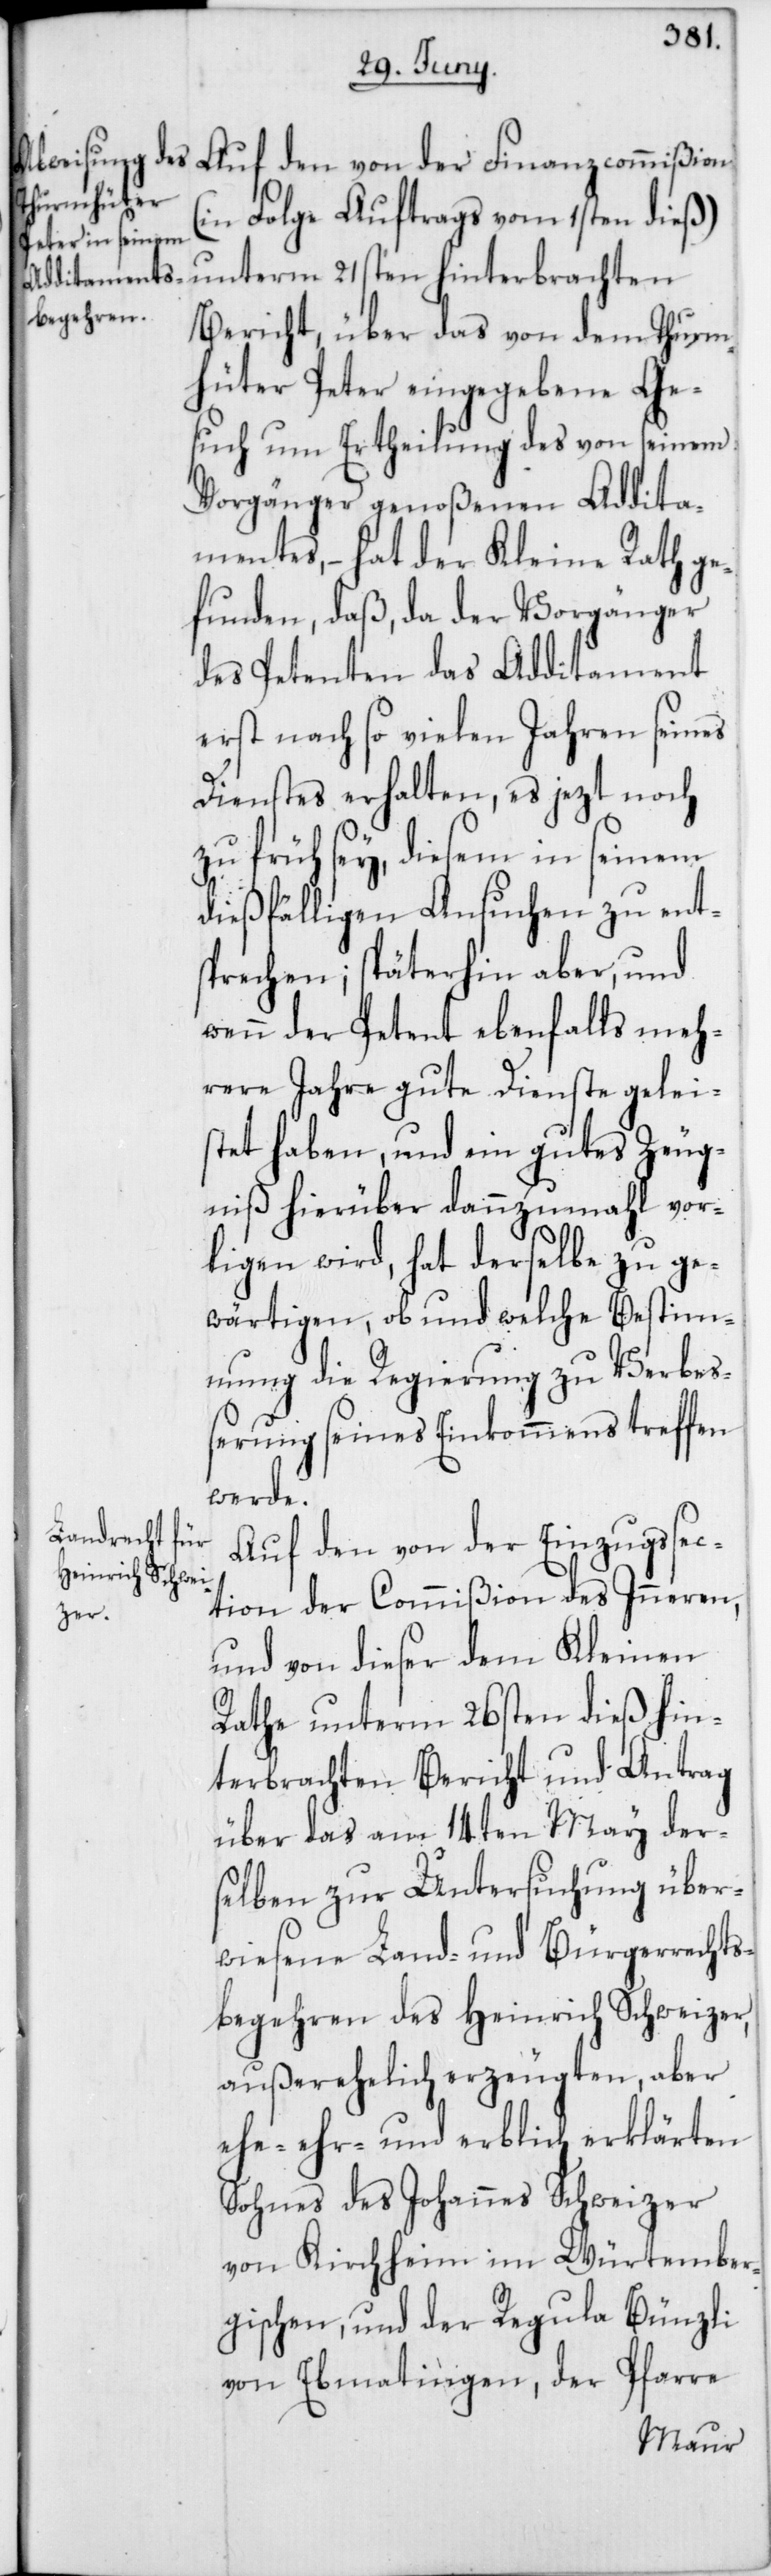
(in Folge Auftrags vom 1sten dieß)
unterm 21sten hinterbrachten
Bericht, über das von dem Thurm¬
hüter Peter eingegebene Ge¬
such um Ertheilung des von seinem
Vorgänger genoßenen Addita¬
mentes, – hat der Kleine Rath ge¬
funden, daß, da der Vorgänger
des Petenten das Additament
erst nach so vielen Jahren seines
Dienstes erhalten, es jezt noch
zu früh sey, diesem in seinem
dießfälligen Ansuchen zu ent¬
sprechen; späterhin aber, und
wenn der Petent ebenfalls meh¬
rere Jahre gute Dienste gelei¬
stet haben, und ein gutes Zeug¬
niß hierüber dannzumahl vor¬
ligen wird, hat derselbe zu ge¬
wärtigen, ob und welche Bestim¬
mung die Regierung zu Verbeß¬
erung seines Einkommens treffen
werde.
Auf den von der Einzugssec¬
tion der Commißion des Inneren,
und von dieser dem Kleinen
Rathe unterm 26sten dieß hin¬
terbrachten Bericht und Antrag
über das am 14ten May der¬
selben zur Untersuchung über¬
wiesene Land- und Bürgerrechts¬
begehren des Heinrich Schweizer,
außerehelich erzeugten, aber
ehe- ehr- und erblich erklärten
Sohnes des Johannes Schweizer
von Kirchheim im Würtember¬
gischen, und der Regula Bünzli
von Ebmatingen, der Pfarre